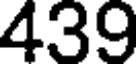
439